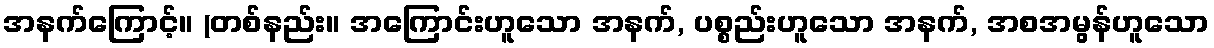
အနက်ကြောင့်။ (တစ်နည်း။ အကြောင်းဟူသော အနက်, ပစ္စည်းဟူသော အနက်, အစအမွန်ဟူသော